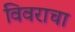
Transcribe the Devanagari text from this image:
विवराचा